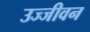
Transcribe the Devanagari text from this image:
उज्जीवन